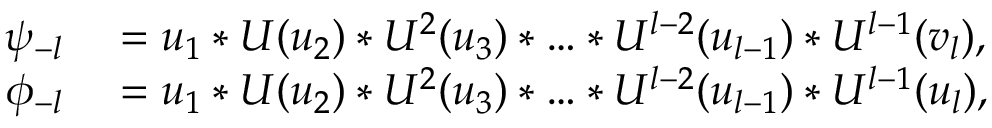
\begin{array} { r l } { \psi _ { - l } } & { { } = u _ { 1 } * U ( u _ { 2 } ) * U ^ { 2 } ( u _ { 3 } ) * \ldots * U ^ { l - 2 } ( u _ { l - 1 } ) * U ^ { l - 1 } ( v _ { l } ) , } \\ { \phi _ { - l } } & { { } = u _ { 1 } * U ( u _ { 2 } ) * U ^ { 2 } ( u _ { 3 } ) * \ldots * U ^ { l - 2 } ( u _ { l - 1 } ) * U ^ { l - 1 } ( u _ { l } ) , } \end{array}